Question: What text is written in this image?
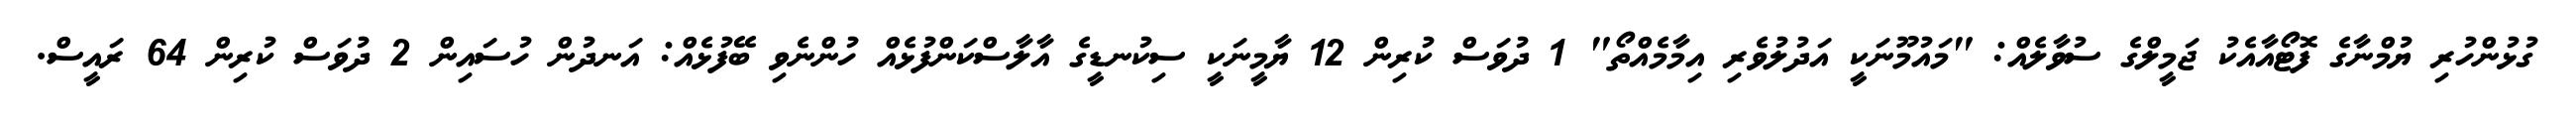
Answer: ގުޅުންހުރި ޔުމްނާގެ ފޮޓޯއާއެކު ޖަމީލްގެ ސުވާލެއް: "މައުމޫނަކީ އަދުލުވެރި އިމާމެއްތޯ" 1 ދުވަސް ކުރިން 12 ޔާމީނަކީ ސިކުނޑީގެ އާލާސްކަންފުޅެއް ހުންނެވި ބޭފުޅެއް: އަނދުން ހުސައިން 2 ދުވަސް ކުރިން 64 ރައީސް.